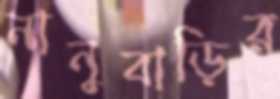
নানুবাড়ির